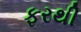
ફરથી